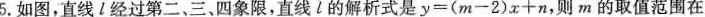
5.如图，直线l经过第二、三、四象限，直线l的解析式是$$y = ( m 一 2 ) x + n$$，则m的取值范围在